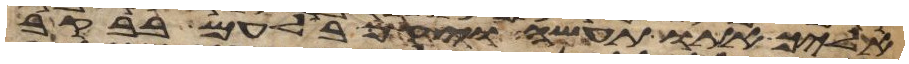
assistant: אליך אתו תעשה ויקם בלעם בבקר